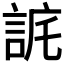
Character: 𧧉